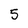
Character: 5